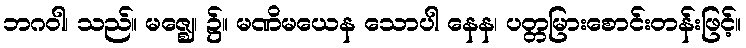
ဘဂဝါ၊ သည်။ မဇ္ဈေ၊ ၌။ မဏိမယေန သောပါ နေန၊ ပတ္တမြားစောင်းတန်းဖြင့်။